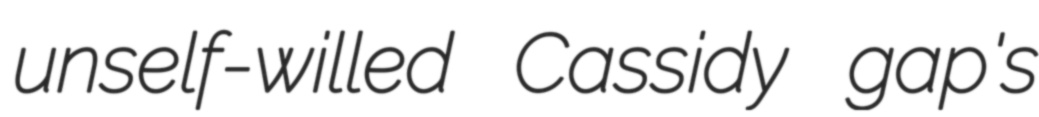
unself-willed Cassidy gap's